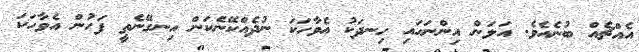
އެއްޗެއް ބުނެއެވެ. އަލަން އިންނަހައި ހިނދަކު އެވާހަކަ ނުދެއްކޭނެކަން އިނގޭނެތީ ފަހުން އެވާހަކަ